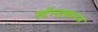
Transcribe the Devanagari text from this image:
स्टॅन्डवरून